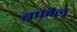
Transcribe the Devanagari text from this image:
बफौल